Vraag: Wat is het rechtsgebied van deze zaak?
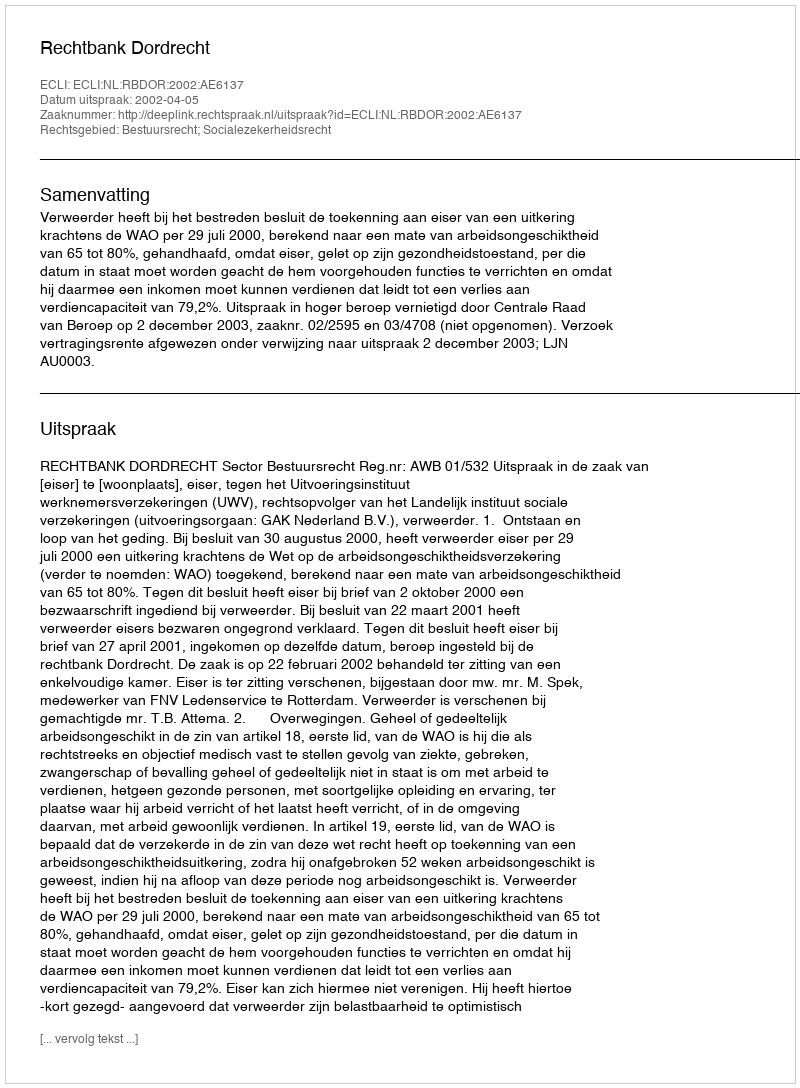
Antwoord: Bestuursrecht; Socialezekerheidsrecht